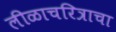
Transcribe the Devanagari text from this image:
लीळाचरित्राचा